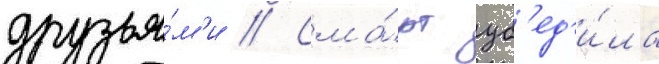
друзья́м'и // Сма́рт уб'ед'и́ла